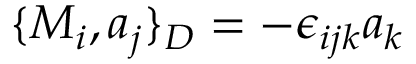
\{ M _ { i } , a _ { j } \} _ { D } = - \epsilon _ { i j k } a _ { k }